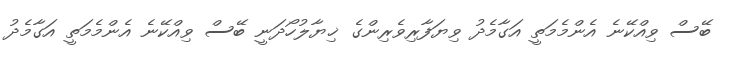
ބޭސް ވިއްކޭނެ އެންމެމަތީ އަގާމެދު ވިޔަފާރިވެރިންގެ ޚިޔާލުހޯދަނީ ބޭސް ވިއްކޭނެ އެންމެމަތީ އަގާމެދު